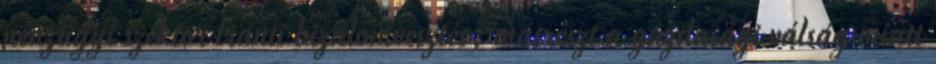
pénzügyi szektor iránti bizalomvesztés, másrészt a gazdasági válság miatt